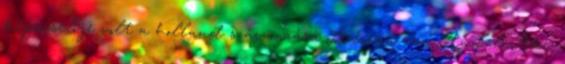
képviselője volt a holland származású Adrian van Andel. Aki: